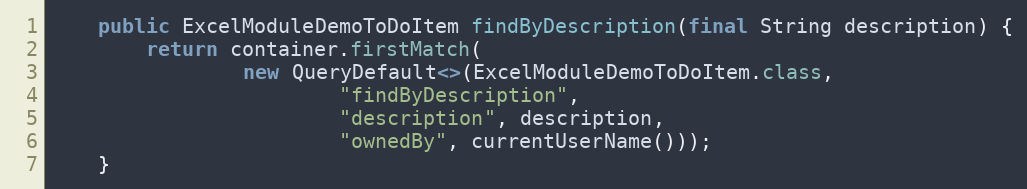
Language: Java
    public ExcelModuleDemoToDoItem findByDescription(final String description) {
        return container.firstMatch(
                new QueryDefault<>(ExcelModuleDemoToDoItem.class,
                        "findByDescription",
                        "description", description,
                        "ownedBy", currentUserName()));
    }